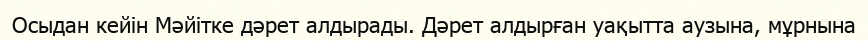
Осыдан кейін Мәйітке дәрет алдырады. Дәрет алдырған уақытта аузына, мұрнына